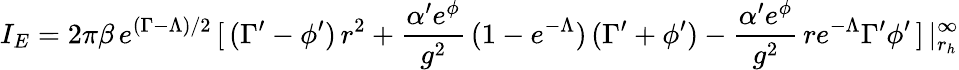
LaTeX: I_{E}=2\pi\beta\, e^{(\Gamma-\Lambda)/2}\, [\, (\Gamma^{\prime}-\phi^{\prime})\, r^{2}+\frac{\alpha^{\prime}e^{\phi}}{g^{2}}\, (1-e^{-\Lambda})\, (\Gamma^{\prime}+\phi^{\prime})-\frac{\alpha^{\prime}e^{\phi}}{g^{2}}\, re^{-\Lambda}\Gamma^{\prime}\phi^{\prime}\, ]\, |_{r_{h}}^{\infty}